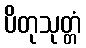
ပိတုသုတ္တံ